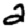
Digit: 2